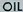
OIL